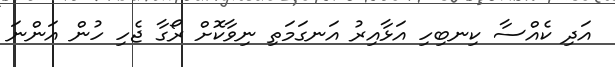
އަދި ކެއްސާ ކިނބިހި އަޅާއިރު އަނގަމަތި ނިވާކޮށް ރޯގާ ޖެހި ހުން އަންނަ